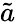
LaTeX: \tilde{a}